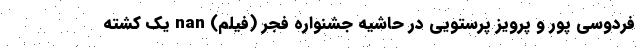
فردوسی پور و پرویز پرستویی در حاشیه جشنواره فجر (فیلم) nan یک کشته